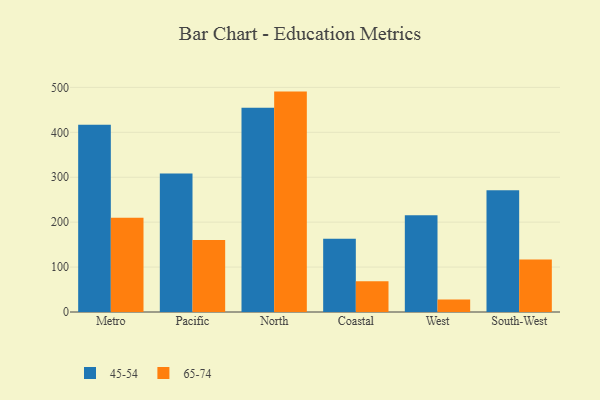
{"axis": {"x": "Region", "y": "Inventory Turnover"}, "legend": ["45-54", "65-74"], "data": [{"x": "Metro", "y": 416.9, "type": "45-54"}, {"x": "Metro", "y": 209.6, "type": "65-74"}, {"x": "Pacific", "y": 308.5, "type": "45-54"}, {"x": "Pacific", "y": 160.5, "type": "65-74"}, {"x": "North", "y": 454.6, "type": "45-54"}, {"x": "North", "y": 490.6, "type": "65-74"}, {"x": "Coastal", "y": 162.8, "type": "45-54"}, {"x": "Coastal", "y": 68.6, "type": "65-74"}, {"x": "West", "y": 215.3, "type": "45-54"}, {"x": "West", "y": 27.6, "type": "65-74"}, {"x": "South-West", "y": 270.9, "type": "45-54"}, {"x": "South-West", "y": 116.8, "type": "65-74"}]}